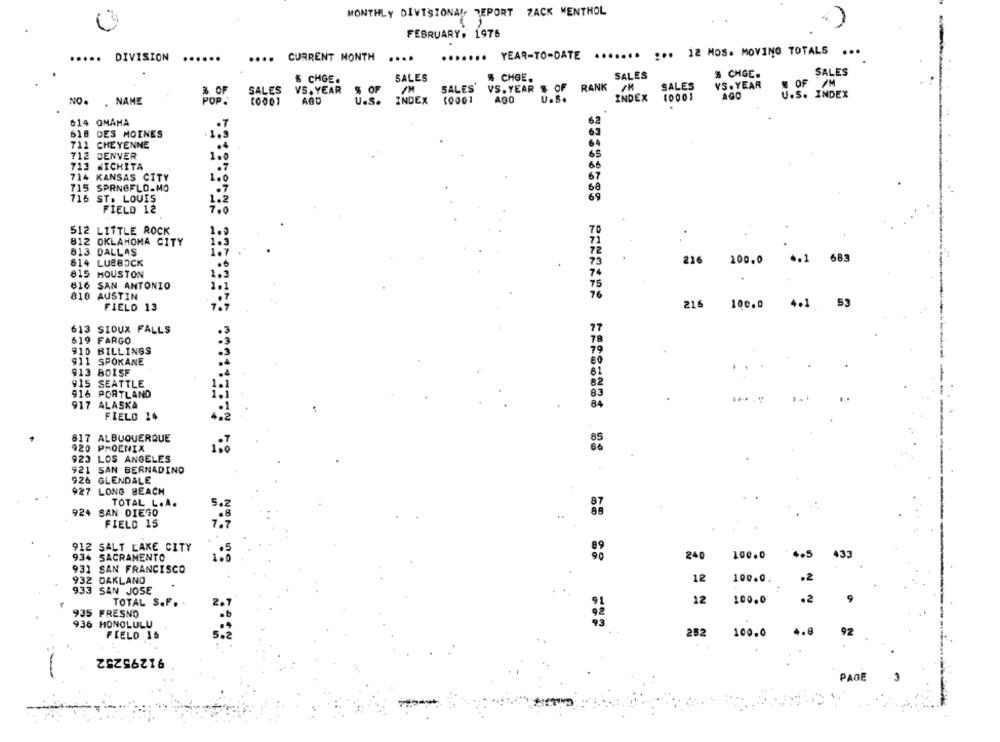
MONTHLY DIVISIONAL, TEPORT ZACK MENTHOL
FEBRUARY. 1976
....... ... 12 HOS. MOVING TOTALS ...
.....
DIVISION
....
CURRENT MONTH ....
....... YEAR-TO-DATE
SALES
% CHGE.
SALES
$ CHGE.
SALES
% CHGE.
% OF
SALES
VS. YEAR
$ OF
SALES'
VS. YEAR $ OF RANK /M
SALES
VS. YEAR
% OF /M
INDEX
10001
AGO
U.S. INDEX
NO. . NAME
POP.
AGO
U.S.
INDEX
A00
U.S.
614 OMAHA
618 DES MOINES
1.9
63
711 CHEYENNE
712
DENVER
1.0
65
713
WICHITA
.7
714
KANSAS CITY
2 .0
67
715 SPRNOFLO.MO
716 ST. LOUIS
69
FIELD 12
7.0
512 LITTLE ROCK
70
812 OKLAHOMA CITY
813 DALLAS
4.1
683
814 LUBBOCK
216 200.0
815 HOUSTON
616
SAN ANTONIO
818 AUSTIN
216 100.0 4.1 53
FIELD 13
613 SIOUX FALLS
619 FARGO
910 BILLINGS
911 SPOKANE
913 80ISF
915 SEATTLE
916 PORTLAND
).
917 ALASKA
FIELD 14
817 ALBUQUERQUE
920 PHOENIX
923 LOS ANGELES
921 SAN BERNADINO
926 GLENDALE
927 LONG BEACH
TOTAL L.A.
924 SAN DIEGO
5.2
FIELD 15
912 SALT LAKE CITY
934 SACRAMENTO
240
100.0
4.5
433
1.2
== = =
931 SAN FRANCISCO
100.0.
.2
932 DAKLAND
12
933 SAN JOSE
TOTAL S.F.
12
100.0
.2
935 FRESNO
936 HONOLULU
4.8
92
FIELD . 15
252
100.0
91295252
PAGE